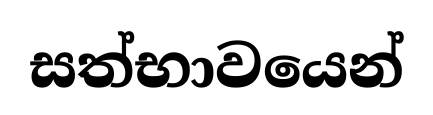
සත්භාවයෙන්